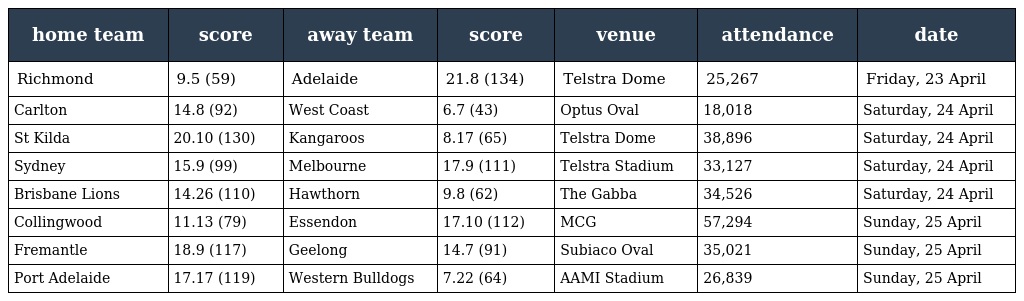
| home team | score | away team | score | venue | attendance | date |
 | --- | --- | --- | --- | --- | --- | --- |
 | Richmond | 9.5 (59) | Adelaide | 21.8 (134) | Telstra Dome | 25,267 | Friday, 23 April |
 | Carlton | 14.8 (92) | West Coast | 6.7 (43) | Optus Oval | 18,018 | Saturday, 24 April |
 | St Kilda | 20.10 (130) | Kangaroos | 8.17 (65) | Telstra Dome | 38,896 | Saturday, 24 April |
 | Sydney | 15.9 (99) | Melbourne | 17.9 (111) | Telstra Stadium | 33,127 | Saturday, 24 April |
 | Brisbane Lions | 14.26 (110) | Hawthorn | 9.8 (62) | The Gabba | 34,526 | Saturday, 24 April |
 | Collingwood | 11.13 (79) | Essendon | 17.10 (112) | MCG | 57,294 | Sunday, 25 April |
 | Fremantle | 18.9 (117) | Geelong | 14.7 (91) | Subiaco Oval | 35,021 | Sunday, 25 April |
 | Port Adelaide | 17.17 (119) | Western Bulldogs | 7.22 (64) | AAMI Stadium | 26,839 | Sunday, 25 April |